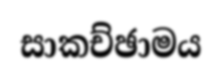
සාකච්ඡාමය